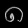
Digit: ၈